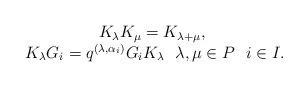
LaTeX: \begin{align*}\begin{array}{c}K_{\lambda}K_{\mu}=K_{\lambda+\mu},\ \\K_{\lambda}G_i=q^{(\lambda, \alpha_i)}G_iK_{\lambda}\ \ \lambda, \mu \in P\ \ i \in I. \end{array}\end{align*}